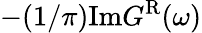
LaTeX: -(1/\pi)\mathrm{Im}G^{\mathrm{R}}(\omega)